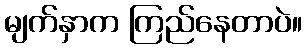
မျက်နှာက ကြည်နေတာပဲ။